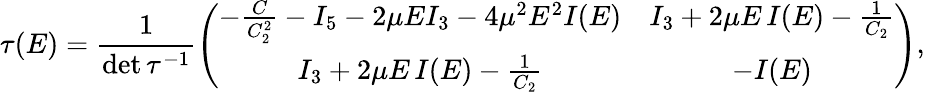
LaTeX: {\mathbf\tau}(E)=\frac{1}{\operatorname*{det}{\mathbf\tau}^{-1}}\left(\begin{array}{cc}{{-\frac{C}{C_{2}^{2}}-I_{5}-2\mu EI_{3}-4\mu^{2}E^{2}I(E)}}&{{I_{3}+2\mu E\, I(E)-\frac{1}{C_{2}}}}\\ {{I_{3}+2\mu E\, I(E)-\frac{1}{C_{2}}}}&{{-I(E)}}\end{array}\right),